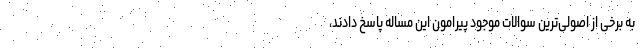
به برخی از اصولی‌ترین سوالات موجود پیرامون این مساله پاسخ دادند،